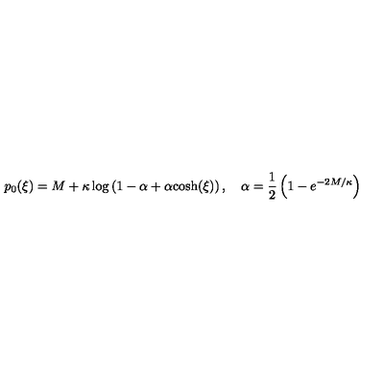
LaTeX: p _ { 0 } ( \xi ) = M + \kappa \log \left( 1 - \alpha + \alpha { \cosh } ( \xi ) \right) , \quad \alpha = \frac 1 2 \left( 1 - e ^ { - 2 M / \kappa } \right)